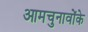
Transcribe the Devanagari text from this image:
आमचुनावोंके